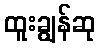
ထူးချွန်ဆု